Report on sanitation, dispensaries, and jails in Rajputana for 1916, and on vaccination for the year 1916-1917 - 1916-1917
Year: 1916
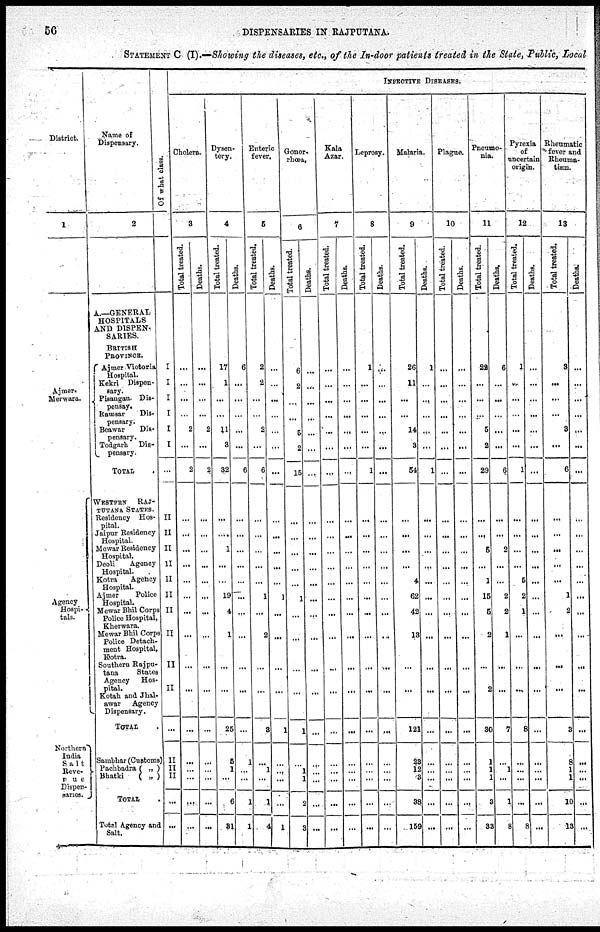
56
DISPENSARIES IN RAJPUTANA.
STATEMENT C (I).—Showing the diseases, etc., of the In-door patients treated in the State, Public, Local
District.
1
Ajmer-
Merwara.
Agency
Hospi-
tals.
Northern
India
Salt
Reve-
nue
Dispen-
saries.
Name of
Dispensary.
2
A.—GENERAL
HOSPITALS
AND DISPEN-
SARIES.
BRITISH
PROVINCE.
Ajmer Victoria
Hospital.
Kekri Dispen-
sary.
Pisangan Dis-
pensary.
Ramsar
Dis-
pensary.
Beawar
Dis-
pensary.
Todgarh Dis-
pensary.
TOTAL .
WESTERN RAJ-
PUTANA STATES.
Residency Hos-
pital.
Jaipur Residency
Hospital.
Mewar Residency
Hospital.
Deoli
Agency
Hospital.
Kotra
Agency
Hospital.
Ajmer
Police
Hospital.
Mewar Bhil Corps
Police Hospital,
Kherwara.
Mewar Bhil Corps
Police Detach-
ment Hospital,
Kotra.
Southern Rajpu-
tana
States
Agency Hos-
pital.
Kotah and Jhal-
awar
Agency
Dispensary.
TOTAL .
Sambhar (Customs)
Pachbadra ( „ )
Bhatki
( „ )
TOTAL .
Total Agency and
Salt.
Of what class.
I
I
I
I
I
I
...
II
II
II
II
II
II
II
II
II
II
...
II
II
II
...
...
INFECTIVE DISEASES.
Cholera.
3
Total treated.
...
...
...
...
2
...
2
...
...
...
...
...
...
...
...
...
...
...
...
...
...
...
...
Deaths.
...
...
...
...
2
...
2
...
...
...
...
...
...
...
...
...
...
...
...
...
...
...
...
Dysen-
tery.
4
Total treated.
17
1
...
...
11
3
32
...
...
1
...
...
19
4
1
...
...
25
5
1
...
6
31
Deaths.
6
...
...
...
...
...
6
...
...
...
...
...
...
...
...
...
...
...
1
...
...
1
1
Enteric
fever.
5
Total treated.
2
2
...
...
2
...
6
...
...
...
...
...
1
...
2
...
...
3
...
1
...
1
4
Deaths.
...
...
...
...
...
...
...
...
...
...
...
...
1
...
...
...
...
1
...
...
...
...
1
Gonor-
rhœa.
6
Total treated.
6
2
...
...
5
2
15
...
...
...
...
...
1
...
...
...
...
1
...
1
1
2
3
Deaths.
...
...
...
...
...
...
...
...
...
...
...
...
...
...
...
...
...
...
...
...
...
...
...
Kala
Azar.
7
Total treated.
...
...
...
...
...
...
...
...
...
...
...
...
...
...
...
...
...
...
...
...
...
...
...
Deaths.
...
...
...
...
...
...
...
...
...
...
...
...
...
...
...
...
...
...
...
...
...
...
...
Leprosy.
8
Total treated.
1
...
...
...
...
...
1
...
...
...
...
...
...
...
...
...
...
...
...
...
...
...
...
Deaths.
...
...
...
...
...
...
...
...
...
...
...
...
...
...
...
...
...
...
...
...
...
...
...
Malaria.
9
Total treated.
26
11
...
...
14
3
54
...
...
...
...
4
62
42
13
...
...
121
23
12
3
38
159
Deaths.
1
...
...
...
...
...
1
...
...
...
...
...
...
...
...
...
...
...
...
...
...
...
...
Plague.
10
Total treated.
...
...
...
...
...
...
...
...
...
...
...
...
...
...
...
...
...
...
...
...
...
...
...
Deaths.
...
...
...
...
...
...
...
...
...
...
...
...
...
...
...
...
...
...
...
...
...
...
...
Pneumo-
nia.
11
Total treated.
22
...
...
...
5
2
29
...
...
5
...
1
15
5
2
...
2
30
1
1
1
3
33
Deaths.
6
...
...
...
...
...
6
...
...
2
...
...
2
2
1
...
...
7
...
1
...
1
3
Pyrexia
of
uncertain
origin.
12
Total treated.
1
...
...
...
...
...
1
...
...
...
...
5
2
1
...
...
...
8
...
...
...
...
8
Deaths.
...
...
...
...
...
...
...
...
...
...
...
...
...
...
...
...
...
...
...
...
...
...
...
Rheumatic
fever and
Rheuma-
tism.
13
Total treated.
3
...
...
...
3
...
6
...
...
...
...
...
1
2
...
...
...
3
8
1
1
10
13
Deaths.
...
...
...
...
...
...
...
...
...
...
...
...
...
...
...
...
...
...
...
...
...
...
...